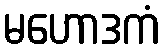
မဟောဒကံ